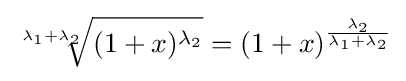
{\sqrt[{\lambda _{1}+\lambda _{2}}]{(1+x)^{\lambda _{2}}}}=(1+x)^{\frac {\lambda _{2}}{\lambda _{1}+\lambda _{2}}}